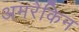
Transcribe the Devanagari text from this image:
अमरेकिन